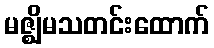
မဇ္ဈိမသတင်းထောက်